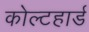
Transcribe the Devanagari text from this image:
कोल्टहार्ड